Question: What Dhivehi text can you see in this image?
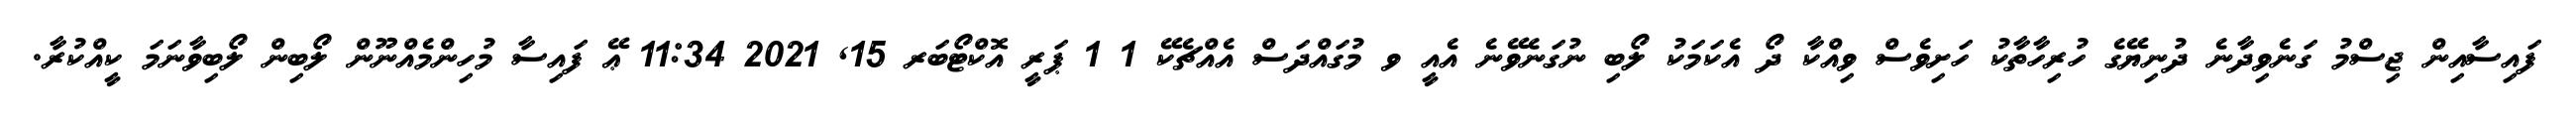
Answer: ފައިސާއިން ޖިސްމު ގަނެވިދާނެ ދުނިޔޭގެ ހުރިހާތާކު ހަށިވެސް ވިއްކާ ދޯ އެކަމަކު ލޯބި ނުގަނެވޭނެ އެއީ ވ މުގައްދަސް އެއްޗެކޭ 1 1 ޕަރީ އޮކްޓޯބަރ 15, 2021 11:34 ޢޭ ފައިސާ މުހިންމެއްނޫން ލޯބިން ލޯބިވާނަމަ ކީއްކުރާ.